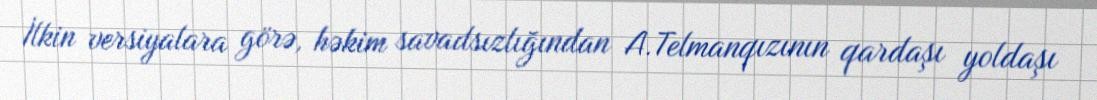
İlkin versiyalara görə, həkim savadsızlığından A.Telmanqızının qardaşı yoldaşı